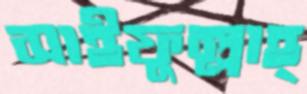
সাইফুল্লাহ্